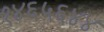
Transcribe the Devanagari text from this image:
१४६५६४४